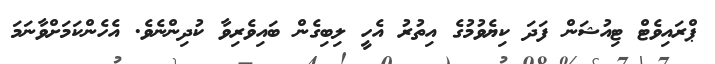
ޕްރައިވެޓް ޓިއުޝަން ފަދަ ކިޔެވުމުގެ އިތުރު އެހީ ލިބިގެން ބައިވެރިވާ ކުދިންނެވެ. އެހެންކަމަށްވާނަމަ